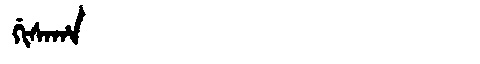
Manchu: ᡤᡳᠰᠠᡥᠠ
Romanization: GISAHA